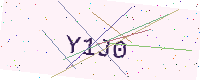
Text: Y1J0